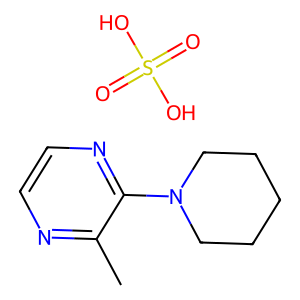
SMILES: Cc1nccnc1N1CCCCC1.O=S(=O)(O)O
Inhibits HIV replication: No